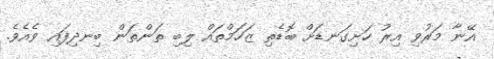
އޭނާ މަރުވި އިރު ހަށިގަނޑަށް ބޮޑެތި ޒަހަމްތައް ލިބި ތަންތަން ބިނދިފައި ވެއެވެ.